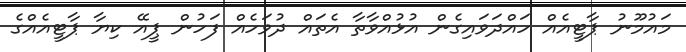
މައުމޫނު ޕާޓީއެއް ހައްދަވައިގެން އުޅުއްވާތާ އެތައް ދުވަހެއް ފަހުން ޕީއޭ ކިޔާ ޕާޓީއެއްގެ